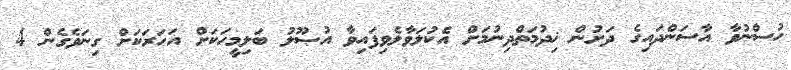
ހުސްނުވާ އާސަންދައިގެ ދަށުން ޚިދުމަތްދިނުމަށް އެކުލަވާލެވިފައިވާ އުޞޫލު ބަލިމީހަކަށް އަހަރަކަށް ގިނަވެގެން 4